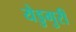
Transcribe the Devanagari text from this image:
येडुगुरी